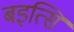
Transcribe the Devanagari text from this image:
बइत्सि